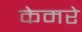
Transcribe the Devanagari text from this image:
केमरे